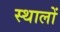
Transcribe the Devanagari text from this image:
स्थालों